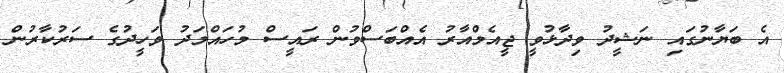
އެ ބަޔާނުގައި ނަޝީދު ވިދާޅުވީ ޖީއެމްއާރު އެއްބަސްވުން ރައީސް މުހައްމަދު ވަހީދުގެ ސަރުކާރުން